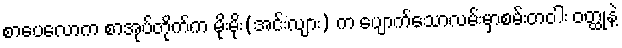
စာပေလောက စာအုပ်တိုက်က မိုးမိုး(အင်းလျား) က ပျောက်သောလမ်းမှာစမ်းတဝါး ဝတ္ထုနဲ့